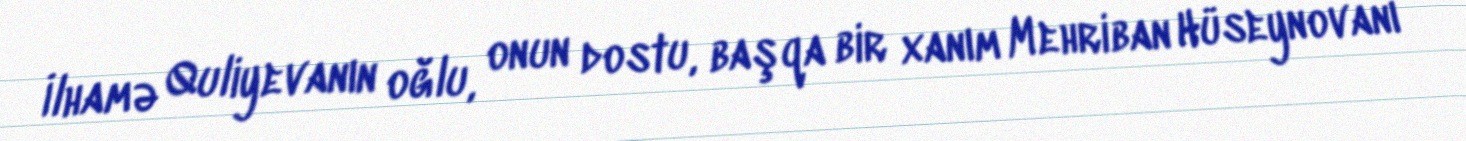
İlhamə Quliyevanın oğlu, onun dostu, başqa bir xanım Mehriban Hüseynovanı